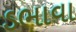
ડભાવા